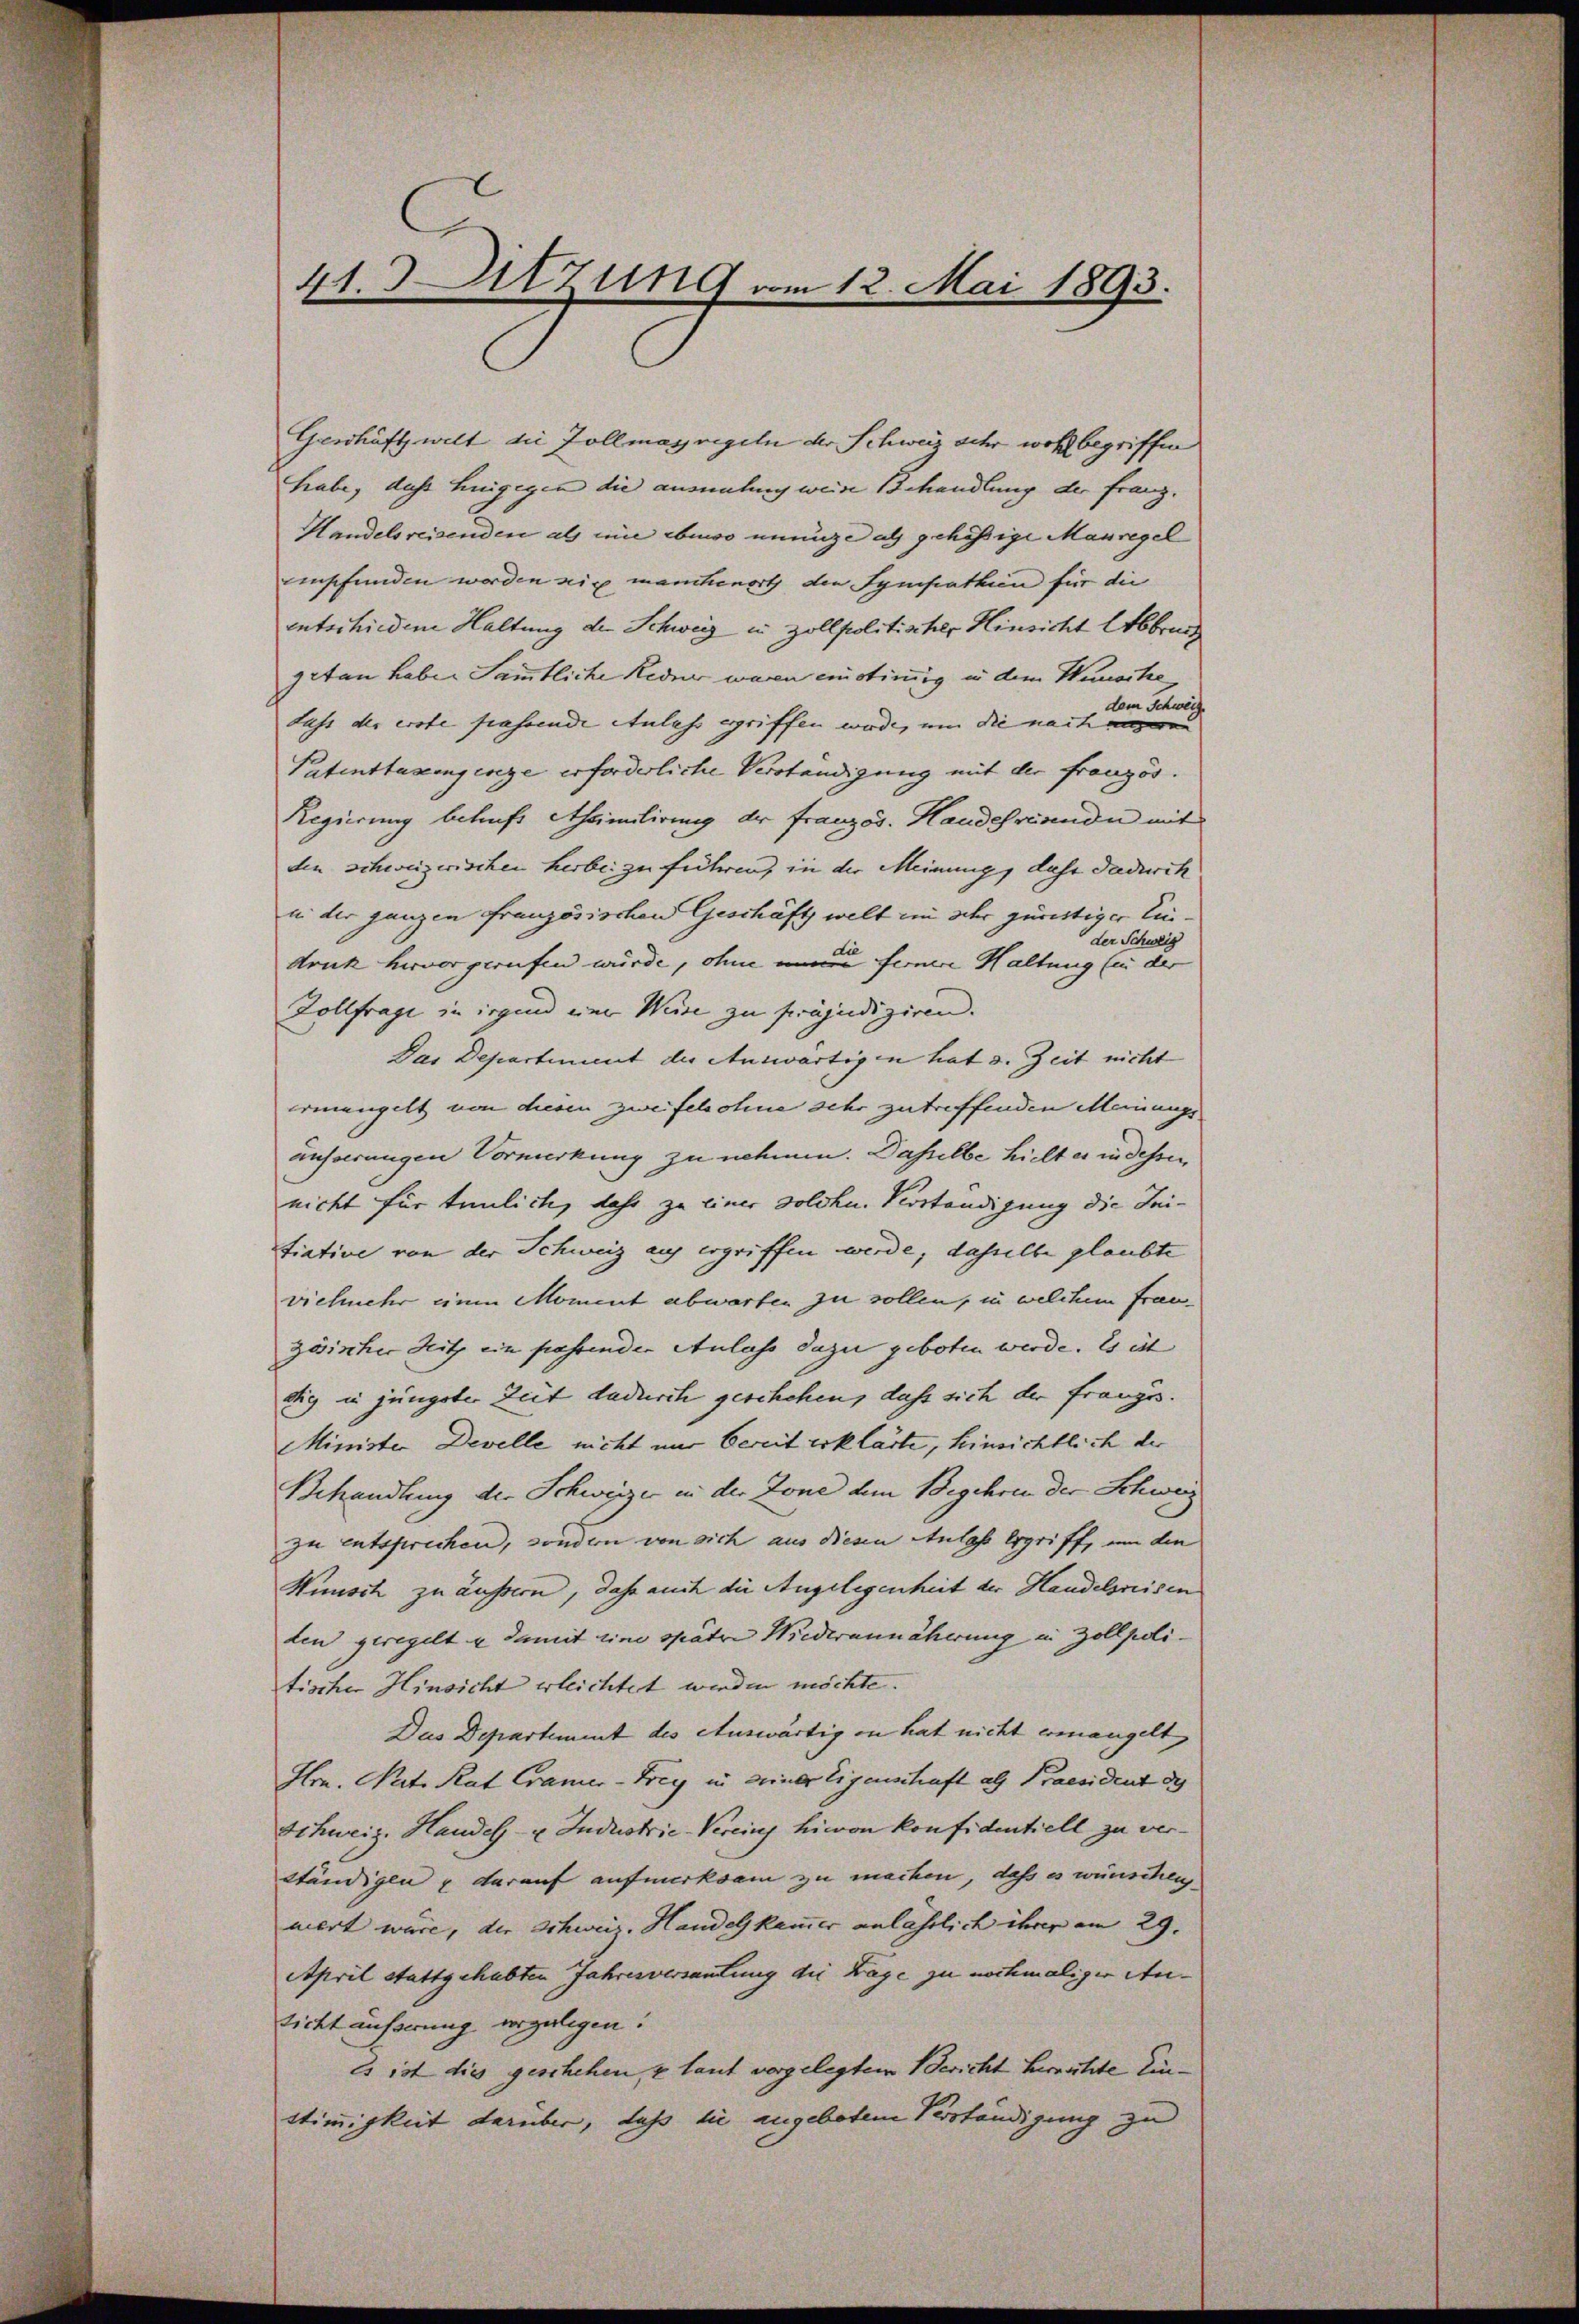
41. Sitzung vom 12. Mai 1893.

Geschäftswelt die Zollmassregeln der Schweiz oder wohl begriffen
habe, dass hingegen die ansehung weise Behandlung der Franz¬
Handelsreisenden als mine bewo unange als gehössige Mauregel
einsfunden werden wir manchenort den Sympathin für die
intschiedene Haltung der Schweiz in Zollpolitischer Hinsicht Abbring
getan haben Sämmtliche Redne waren einstimmig u dem Wunsche
dem Schweiz
Luss der erste passende Anlass ergriffen werde, um die nach angeren
Patenttazingerege erforderliche Verständigung mit der französ.
Regierung betraft Assimilierung der Französ. Handeresende mit
den schweizerischen herbei zu führen, in der Meinung, dass dadurch
in der ganzen französischen Geschäfts welt in sehr günstiger Einder Schweiz
druck hervor gerufen würde, ohne eine fernere Haltung (in der
Dollfrage in irgend eine Weise zu präjudiziren.
Das Departiment der Auswärtigen hat d. Zeit nicht
ermangelt von diesen zweifelohne sehr zutreffenden Meinungs
äusserungen Vormerkung zu nehmen. Dasselbe hielt es in dessen
nicht für tunlich, dahr zu einer solche Verständigung die Initiative von der Schweiz auf ergriffen werde, dasselbe glaubte
vielmehr einen Moment abwarten zu sollen, in welchem Frau
zösischer Hitz ein passenden Anlass dazu geboten werde. Es ist
dig in jüngster Zeit dadurch geschehen, daß sich der französ.
Minister Develle nicht nur bereit erklärte, hinsichtlich der
Behandlung der Schweizer in der Zone dem Begehren der Schweiz
zu entsprechen, sonden von sich aus diesen Anlass ergriff, um den
Hünsch zu äussern, daß auch die Angelegenheit der Handelsreisen
den geregelt u damit eine spätere Wiederannäherung in Zollpolitischer Hinsicht erleichtet werden möchte.
Dus Departement des Auswärtig in hat nicht ermangelt,
Hrn. Nat. Rat Cramer-Frey in seiner Eigenschaft als Praesident de
Schweiz. Handel- u. Industrie-Vereins hievon Konfidentiell zu verständigen & darauf aufmerksam zu machen, dass es wünschen
niert wäre, die Schweiz. Handelskammer anlässlich ihrer am 29.
April stattgehabten Jahresversautung die Lage zu nochmaliger Anticht äusserung vorgelegen.
Es ist die geschehen, z laut vorgelegtem Bericht Herrechte Einstimmigkeit darüber, dass sie angeboten Verständigung zu